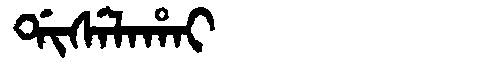
Manchu: ᡩᡳᠰᡝᠯᠠᡥᠠᡳ
Romanization: DISELAHAI